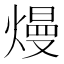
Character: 熳